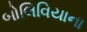
બોલિવિયાના